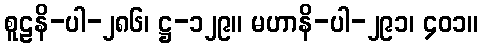
စူဠနိ-ပါ-၂၈၆၊ ဋ္ဌ-၁၂၉။ မဟာနိ-ပါ-၂၉၁၊ ၄၀၁။